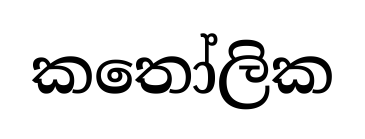
කතෝලික